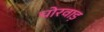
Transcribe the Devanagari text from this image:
चोरवाड़